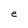
Character: e